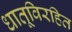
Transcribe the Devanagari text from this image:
धातूविरहित